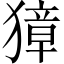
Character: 獐